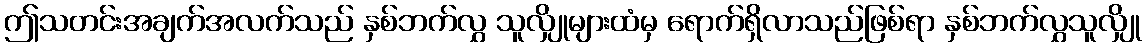
ဤသတင်းအချက်အလက်သည် နှစ်ဘက်လွှ သူလျှိုများထံမှ ရောက်ရှိလာသည်ဖြစ်ရာ နှစ်ဘက်လွှသူလျှို